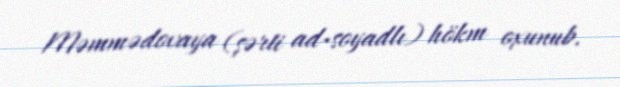
Məmmədovaya (şərti ad-soyadlı) hökm oxunub.